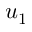
u _ { 1 }